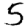
Digit: 5